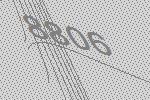
8806